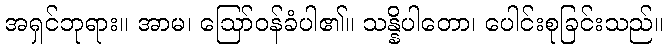
အရှင်ဘုရား။ အာမ၊ ဩော်ဝန်ခံပါ၏။ သန္နိပါတော၊ ပေါင်းစုခြင်းသည်။